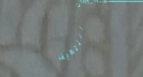
بيع وتوزيع أدوات التنظيف